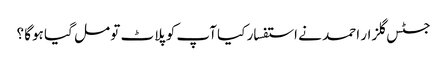
جسٹس گلزار احمد نے استفسار کیا آپ کو پلاٹ تو مل گیا ہوگا ؟